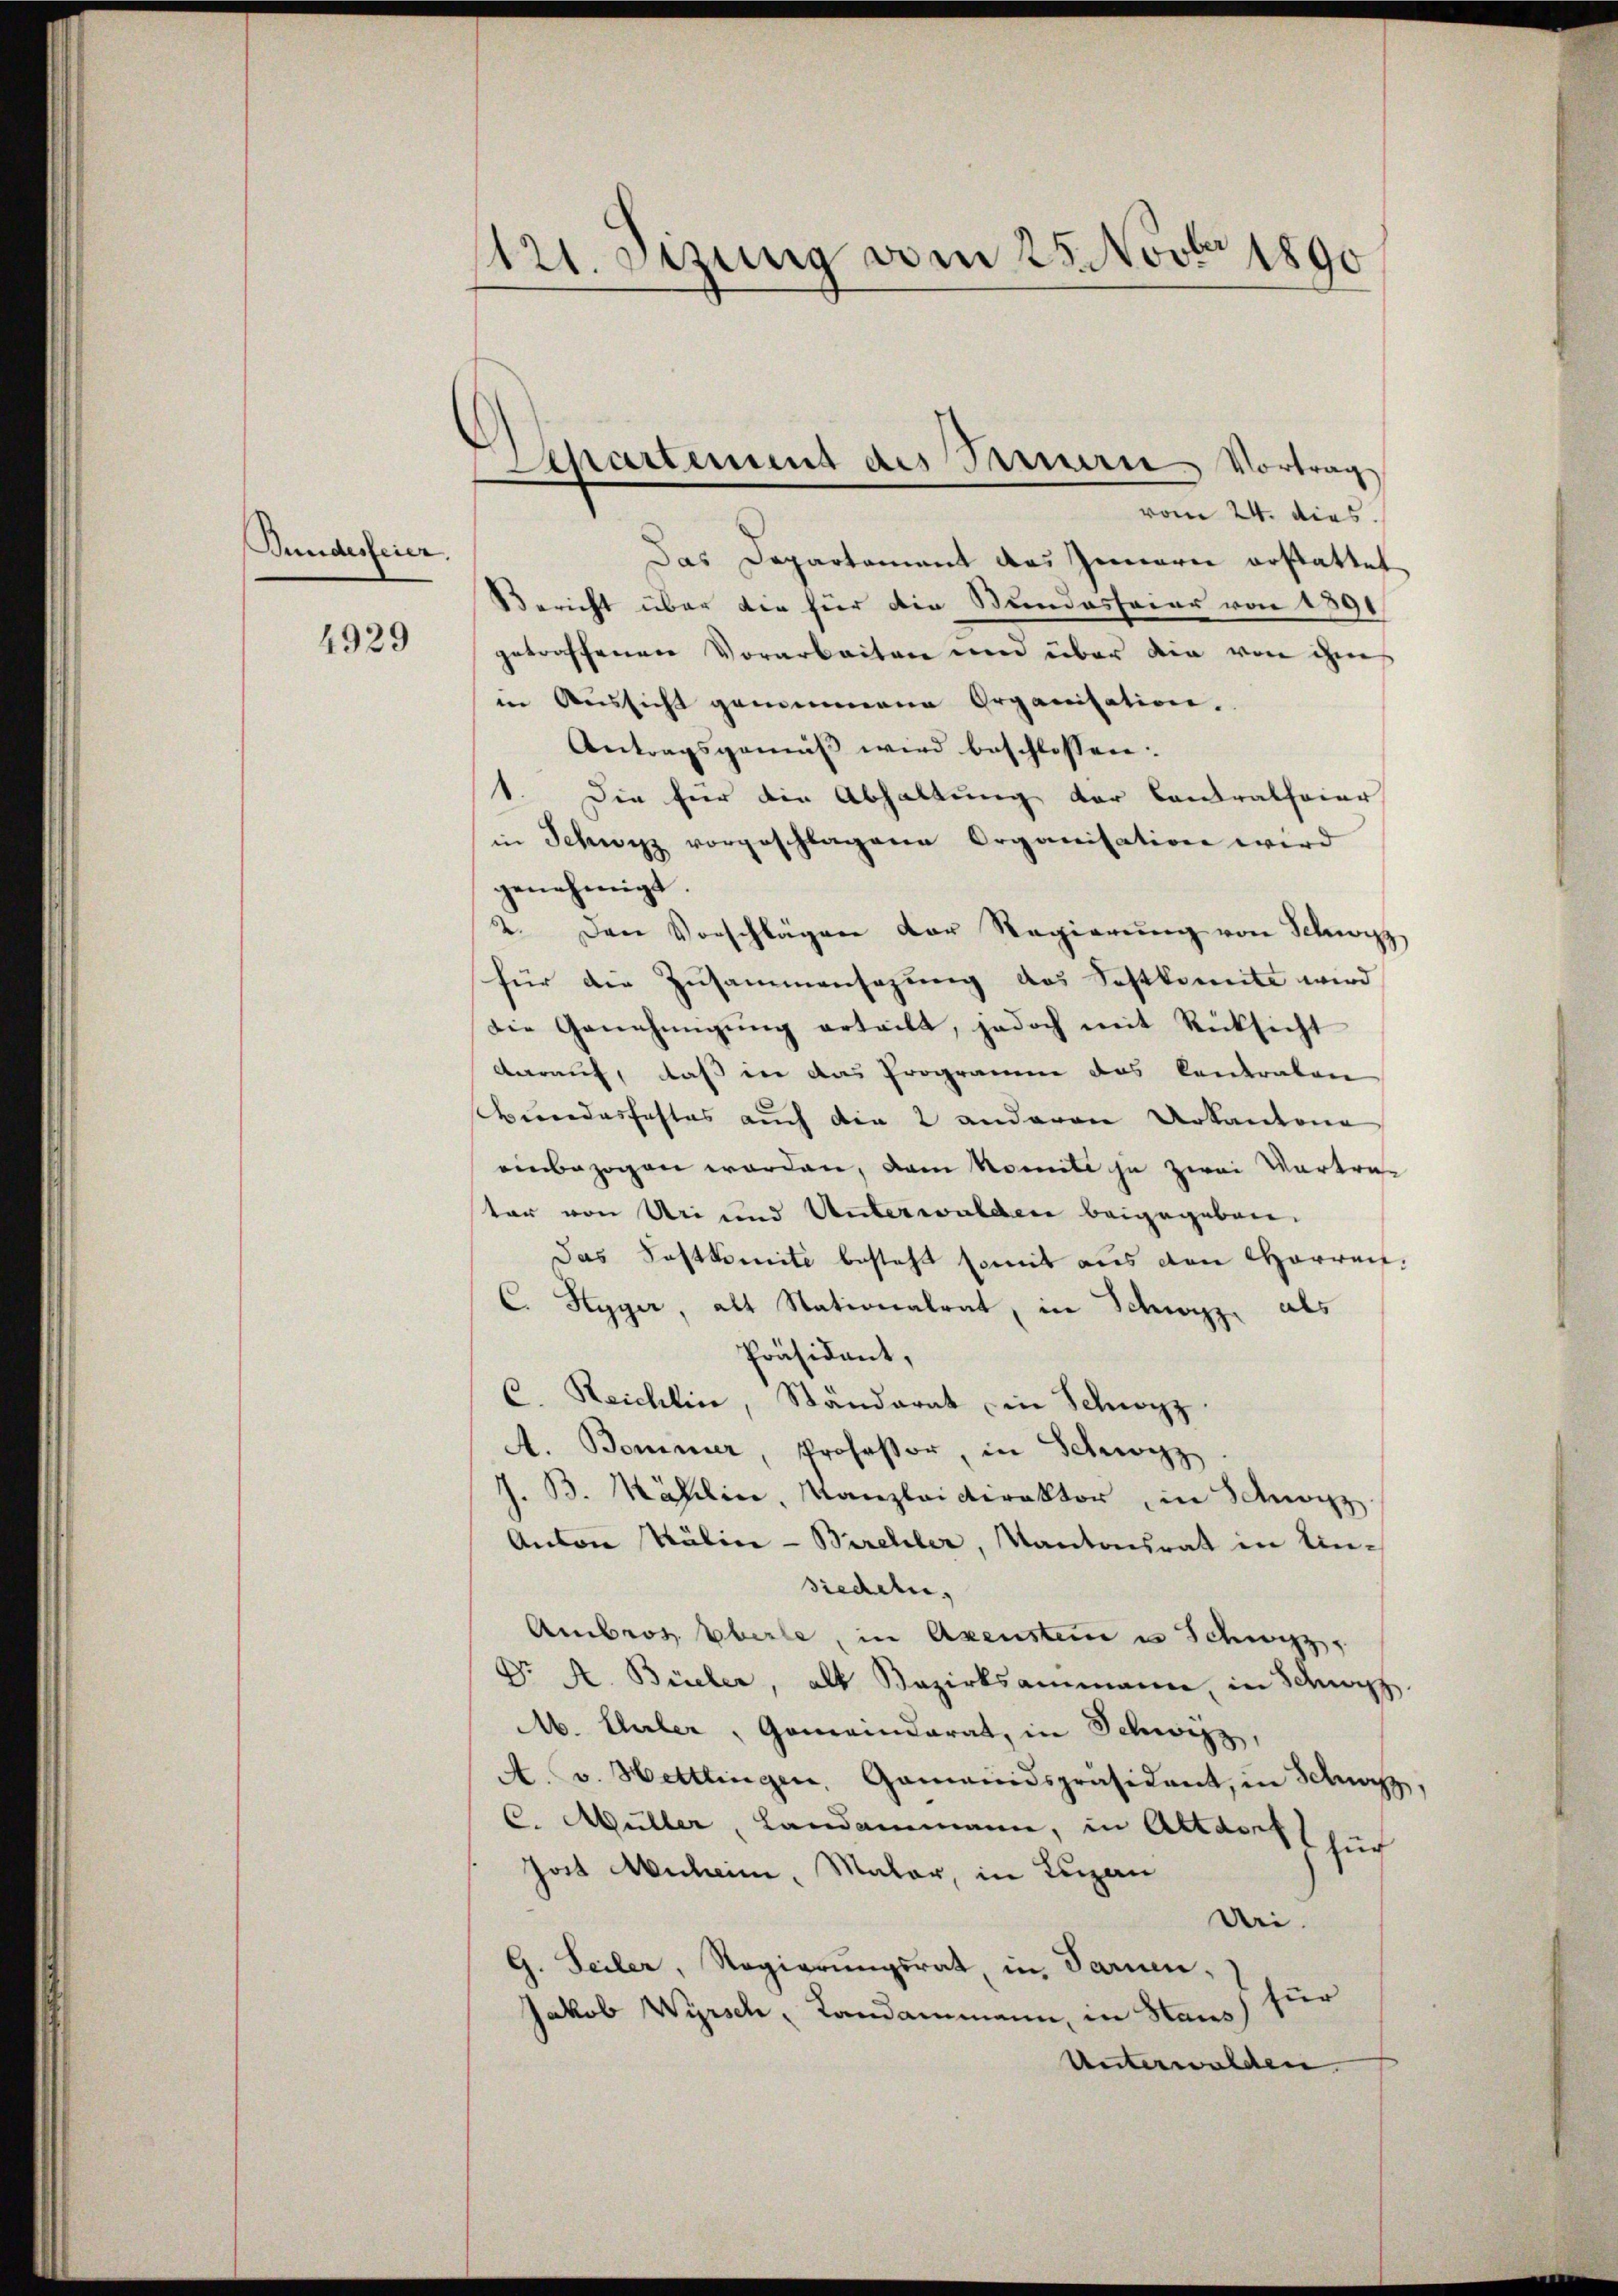
Bundesfeier.

4929

121. Setzung vom 25. Novbr 1890

Departement des Parisern Vortrag

vom 24. dies.
Das Departement das Innern erstattet
Bericht über die für die Bundesfeier von 1891
getroffenen Vorarbeiten und über die von ihm
in Aussicht gemeinene Organisation.
Antragsgemäß wird beschlossen:
1. Die für die Abhaltung der Contratfeier
in Schwyz vorgeschlagene Organisation wird
genehmigt.
2. Den Vorschlägen der Regierŭng von Schwyz,
für die Zusammensatzung des Sostkomite wird
die Genehmigŭng erteilt, jedoch mit Rücksicht
darauf, daß in das Programm das Contraten
shundesfestes auch die 2 anderen Urkantona
einbezogen worden, vom Nomite ja zwei Vertra-
tar von Uri und Unterwalden beigegeben.
Das Postkomite besteht somit aus den Harren¬
C. Hyger, als Stationalrat, in Schwyz als
Präsidant,
C. Reichlin, Ständerat in Schwyz
A. Bommer, Professor, in Schwyz
J. B. Käslin, Kanzleidirektor in Schweiz
Anton Kälin-Birchler, Kantonsrat in Einsiedeln,
Ambros. Eberle, in Axensteines Schwyz,
Dr A. Bieler, alt Bezirksammann, in Schwyz.
M. Eller, Gemeinderat, in Schwizz,
A. v. Hettlingen, Gemeindspräsident, in Schwarz,
C. Müller, Landammann, in Altdorf zu
Jost Anheim, Maler, in Lugan
Uri.
s. Seiler, Regierungsrat, in Paren,
für
Jakob Wyrsch, Landammann, in Haus
Unterwalden.